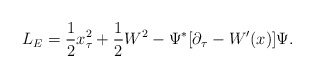
\begin{align*}L_E = {1 \over 2} x_{\tau} ^2 + {1 \over 2} W^2 -\Psi^{\ast}[\partial_{\tau} -W^{\prime}(x)]\Psi.\end{align*}